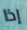
إذا